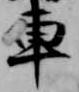
車